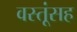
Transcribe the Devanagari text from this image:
वस्तूंसह